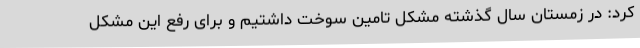
کرد: در زمستان سال گذشته مشکل تامین سوخت داشتیم و برای رفع این مشکل